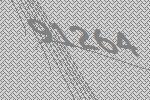
91264